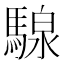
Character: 騡